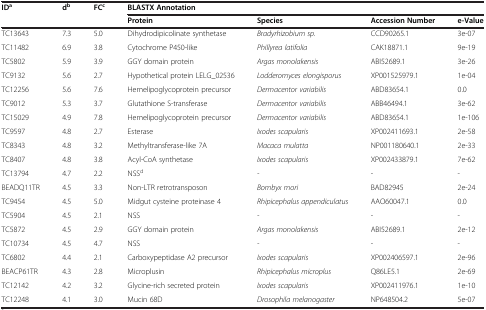
<table><thead><tr><td><b>ID<sup>a</sup></b></td><td><b>d<sup>b</sup></b></td><td><b>FC<sup>c</sup></b></td><td colspan="4"><b>BLASTX Annotation</b></td></tr><tr><td colspan="3"><b> </b></td><td><b>Protein</b></td><td><b>Species</b></td><td><b>Accession Number</b></td><td><b>e-Value</b></td></tr></thead><tbody><tr><td>TC13643</td><td>7.3</td><td>5.0</td><td>Dihydrodipicolinate synthetase</td><td><i>Bradyrhizobium sp.</i></td><td>CCD90265.1</td><td>3e-07</td></tr><tr><td>TC11482</td><td>6.9</td><td>3.8</td><td>Cytochrome P450-like</td><td><i>Phillyrea latifolia</i></td><td>CAK18871.1</td><td>9e-19</td></tr><tr><td>TC5802</td><td>5.9</td><td>3.9</td><td>GGY domain protein</td><td><i>Argas monolakensis</i></td><td>ABI52689.1</td><td>3e-26</td></tr><tr><td>TC9132</td><td>5.6</td><td>2.7</td><td>Hypothetical protein LELG_02536</td><td><i>Lodderomyces elongisporus</i></td><td>XP001525979.1</td><td>1e-04</td></tr><tr><td>TC12256</td><td>5.6</td><td>7.6</td><td>Hemelipoglycoprotein precursor</td><td><i>Dermacentor variabilis</i></td><td>ABD83654.1</td><td>0.0</td></tr><tr><td>TC9012</td><td>5.3</td><td>3.7</td><td>Glutathione S-transferase</td><td><i>Dermacentor variabilis</i></td><td>ABB46494.1</td><td>3e-62</td></tr><tr><td>TC15029</td><td>4.9</td><td>7.8</td><td>Hemelipoglycoprotein precursor</td><td><i>Dermacentor variabilis</i></td><td>ABD83654.1</td><td>1e-106</td></tr><tr><td>TC9597</td><td>4.8</td><td>2.7</td><td>Esterase</td><td><i>Ixodes scapularis</i></td><td>XP002411693.1</td><td>2e-58</td></tr><tr><td>TC8343</td><td>4.8</td><td>3.2</td><td>Methyltransferase-like 7A</td><td><i>Macaca mulatta</i></td><td>NP001180640.1</td><td>2e-33</td></tr><tr><td>TC8407</td><td>4.8</td><td>3.8</td><td>Acyl-CoA synthetase</td><td><i>Ixodes scapularis</i></td><td>XP002433879.1</td><td>7e-62</td></tr><tr><td>TC13794</td><td>4.7</td><td>2.2</td><td>NSS<sup>d</sup></td><td><i>-</i></td><td>-</td><td>-</td></tr><tr><td>BEADQ11TR</td><td>4.5</td><td>3.3</td><td>Non-LTR retrotransposon</td><td><i>Bombyx mori</i></td><td>BAD82945</td><td>2e-24</td></tr><tr><td>TC9454</td><td>4.5</td><td>5.0</td><td>Midgut cysteine proteinase 4</td><td><i>Rhipicephalus appendiculatus</i></td><td>AAO60047.1</td><td>0.0</td></tr><tr><td>TC5904</td><td>4.5</td><td>2.1</td><td>NSS</td><td><i>-</i></td><td>-</td><td>-</td></tr><tr><td>TC5872</td><td>4.5</td><td>2.9</td><td>GGY domain protein</td><td><i>Argas monolakensis</i></td><td>ABI52689.1</td><td>2e-12</td></tr><tr><td>TC10734</td><td>4.5</td><td>4.7</td><td>NSS</td><td><i>-</i></td><td>-</td><td>-</td></tr><tr><td>TC6802</td><td>4.4</td><td>2.1</td><td>Carboxypeptidase A2 precursor</td><td><i>Ixodes scapularis</i></td><td>XP002406597.1</td><td>2e-96</td></tr><tr><td>BEACP61TR</td><td>4.3</td><td>2.8</td><td>Microplusin</td><td><i>Rhipicephalus microplus</i></td><td>Q86LE5.1</td><td>2e-69</td></tr><tr><td>TC12142</td><td>4.2</td><td>3.2</td><td>Glycine-rich secreted protein</td><td><i>Ixodes scapularis</i></td><td>XP002411976.1</td><td>1e-10</td></tr><tr><td>TC12248</td><td>4.1</td><td>3.0</td><td>Mucin 68D</td><td><i>Drosophila melanogaster</i></td><td>NP648504.2</td><td>5e-07</td></tr></tbody></table>